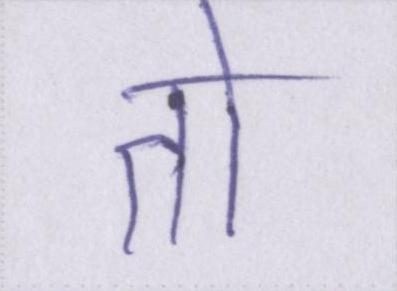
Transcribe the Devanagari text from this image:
तो